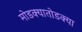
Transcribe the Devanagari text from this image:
मोडक्यातोडक्या